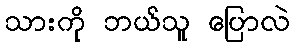
သားကို ဘယ်သူ ပြောလဲ